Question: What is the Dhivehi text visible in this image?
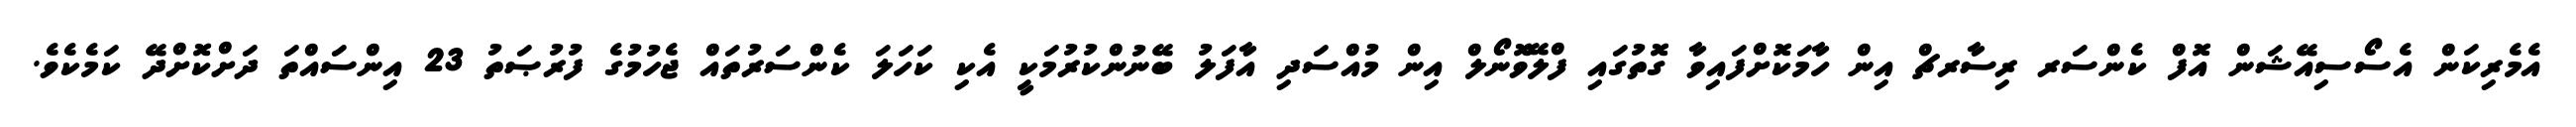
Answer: އެމެރިކަން އެސޯސިއޭޝަން އޮފް ކެންސަރ ރިސާރޗް އިން ހާމަކޮށްފައިވާ ގޮތުގައި ފްލޭވޮނޯލް އިން މުއްސަދި އާފަލު ބޭނުންކުރުމަކީ އެކި ކަހަލަ ކެންސަރުތައް ޖެހުމުގެ ފުރުޞަތު 23 އިންސައްތަ ދަށްކޮށްދޭ ކަމެކެވެ.